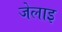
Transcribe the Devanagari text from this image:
जेलाइ